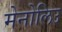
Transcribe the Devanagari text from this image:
मेनोलिउ